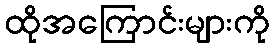
ထိုအကြောင်းများကို